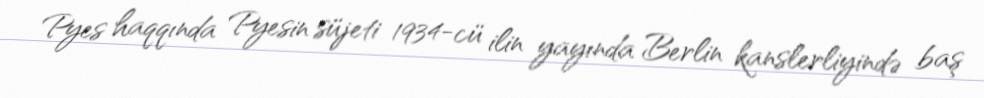
Pyes haqqında Pyesin süjeti 1934-cü ilin yayında Berlin kanslerliyində baş